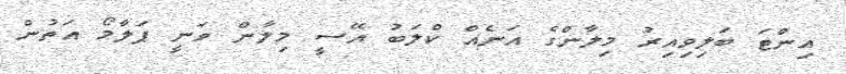
އިންޓަ ބަލިވިއިރު މިލާންގެ އަނެއް ކްލަބު އޭސީ މިލާން ވަނީ ޕަލާމޯ އަތުން